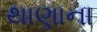
થાણાના